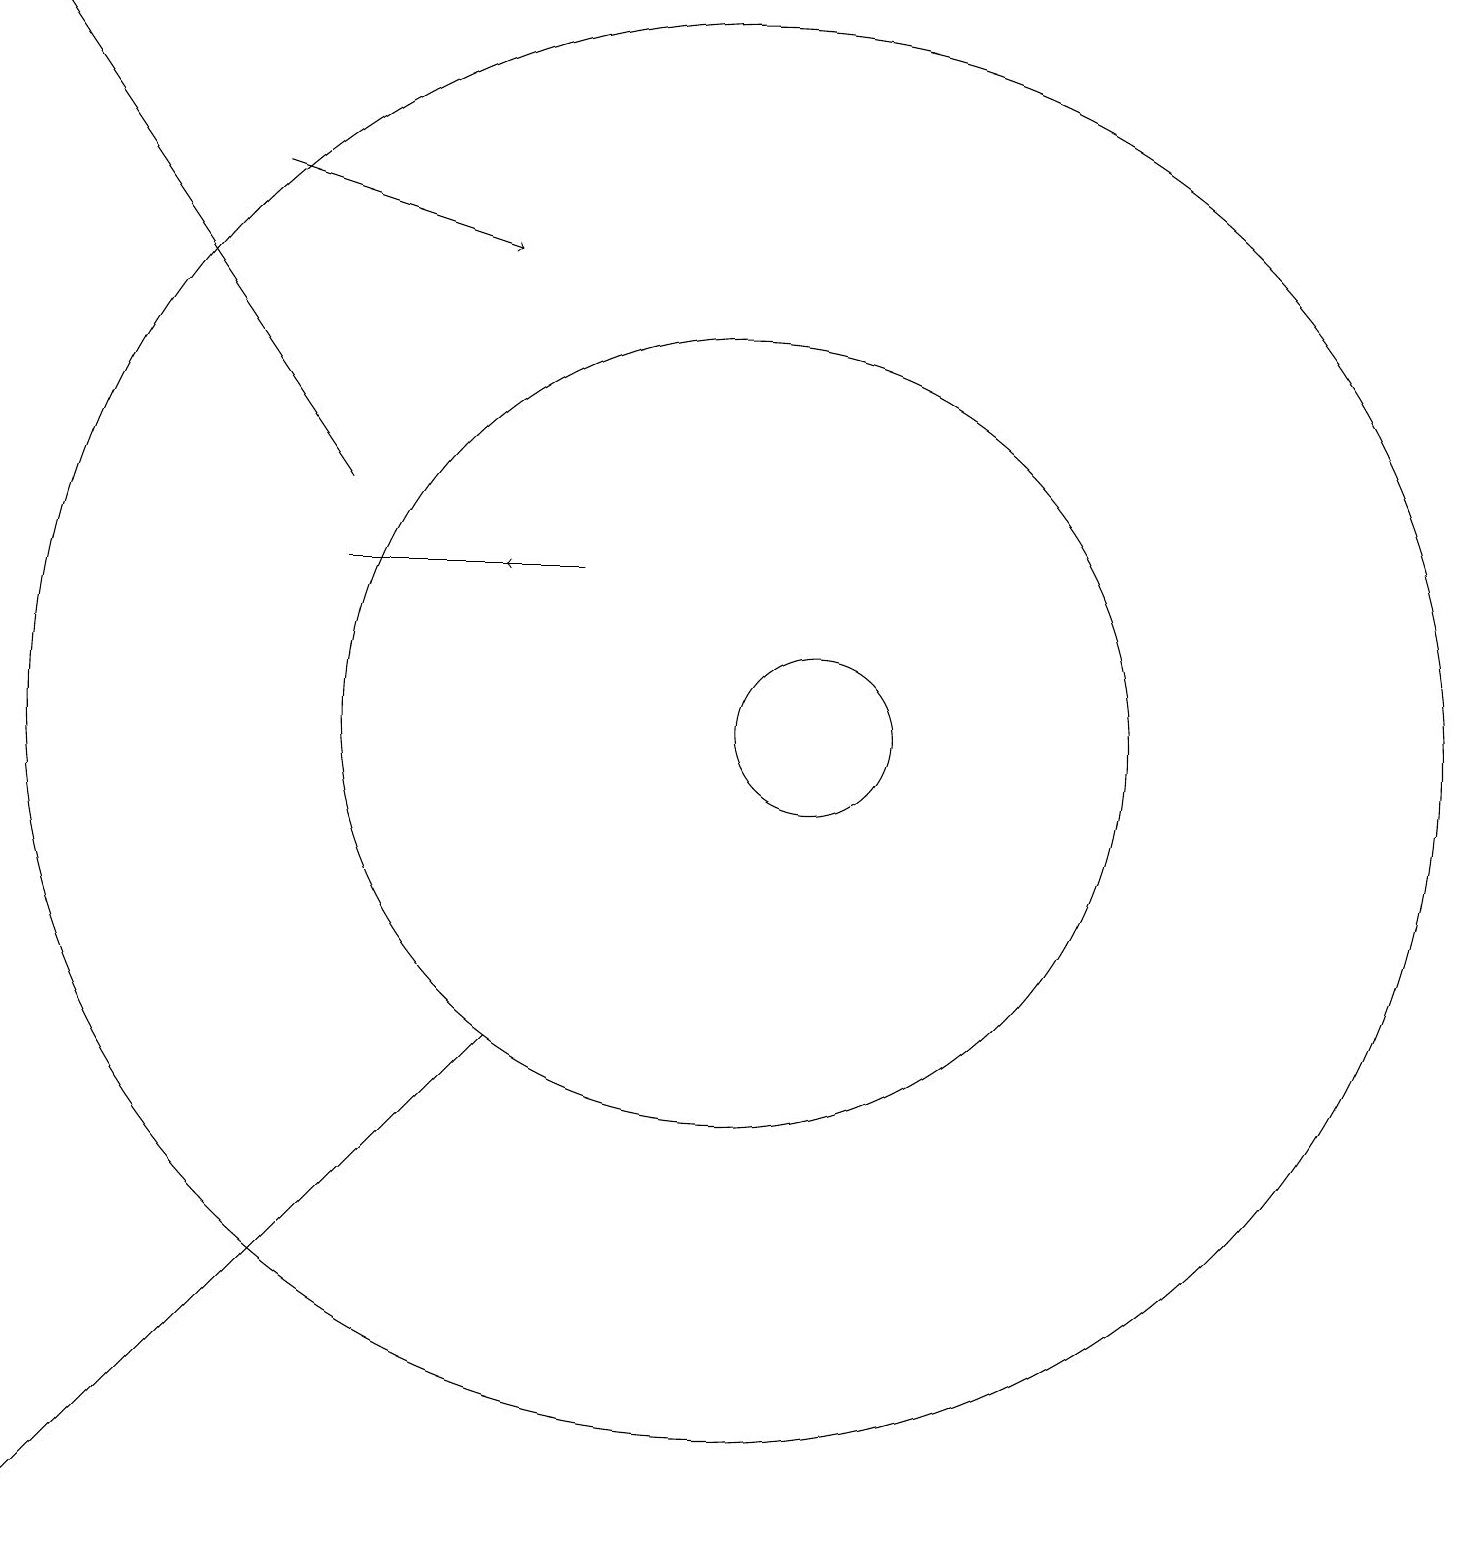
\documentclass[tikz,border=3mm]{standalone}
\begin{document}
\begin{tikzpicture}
\draw[->] (4,17) -- (7,16);
\draw (10,10) circle (9);
\draw[->] (8,12) -- (7,12);
\draw (10,10) circle (5);
\draw (1,0) -- (7,6) -- (1,0) -- cycle;
\draw[->] (5,13) -- (1,19);
\draw (8,12) rectangle (5,12);
\draw (11,10) circle (1);
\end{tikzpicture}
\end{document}